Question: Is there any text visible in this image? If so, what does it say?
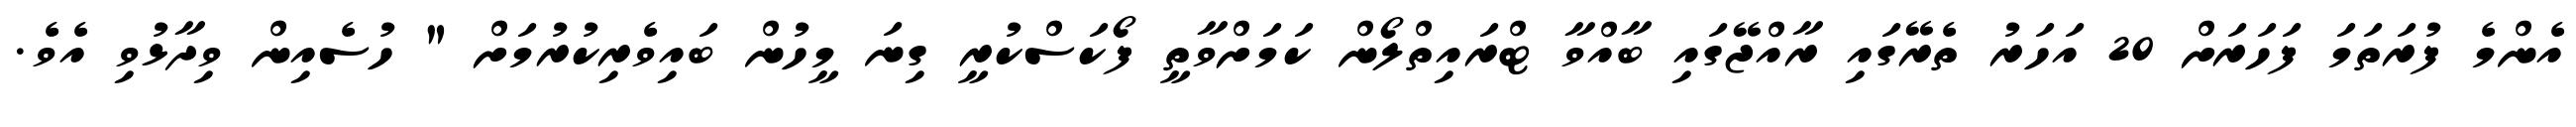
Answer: އެންމެ ފުރަތަމަ ފަހަރަށް 20 އަހަރު ތެރޭގައި ރާއްޖޭގައި ބާއްވާ ޓްރައިތްލޯން ކަމަށްވާތީ ފޯކަސްކުރީ ގިނަ މީހުން ބައިވެރިކުރުމަށް " ހުސެއިން ވިދާޅުވި އެވެ.